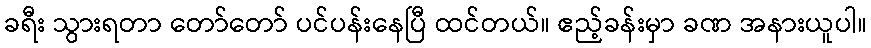
ခရီး သွားရတာ တော်တော် ပင်ပန်းနေပြီ ထင်တယ်။ ဧည့်ခန်းမှာ ခဏ အနားယူပါ။